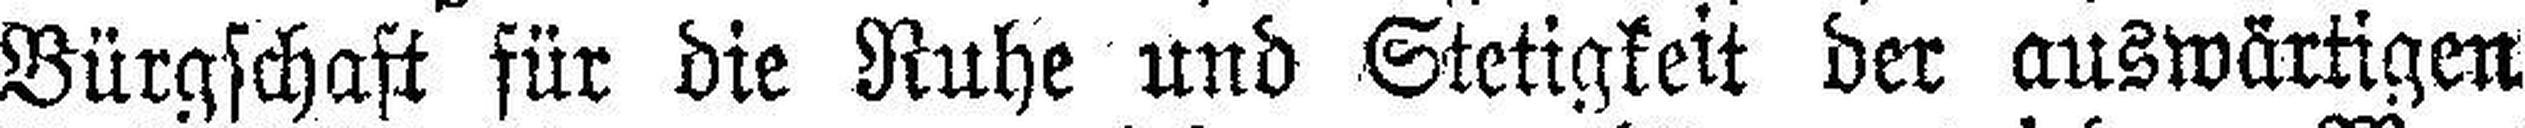
Bürgschaft für die Ruhe und Stetigkeit der auswärtigen